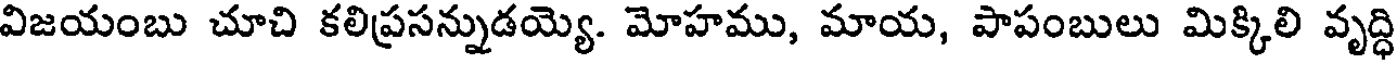
విజయంబు చూచి కలిప్రసన్నుడయ్యె. మోహము, మాయ, పాపంబులు మిక్కిలి వృద్ధి